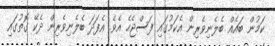
ކަމުން ބައެއް ބެލެނިވެރިން އެކަމުގައި ފަސްޖެހެ އެވެ. އެފަދަ ބެލެނިވެރިން ދެކޭ ގޮތުގައި